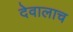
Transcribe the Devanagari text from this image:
देवालाच